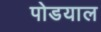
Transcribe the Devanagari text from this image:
पोडयाल